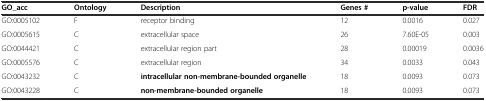
<table><thead><tr><td><b>GO_acc</b></td><td><b>Ontology</b></td><td><b>Description</b></td><td><b>Genes #</b></td><td><b>p-value</b></td><td><b>FDR</b></td></tr></thead><tbody><tr><td>GO:0005102</td><td>F</td><td>receptor binding</td><td>12</td><td>0.0016</td><td>0.027</td></tr><tr><td>GO:0005615</td><td>C</td><td>extracellular space</td><td>26</td><td>7.60E-05</td><td>0.003</td></tr><tr><td>GO:0044421</td><td>C</td><td>extracellular region part</td><td>28</td><td>0.00019</td><td>0.0036</td></tr><tr><td>GO:0005576</td><td>C</td><td>extracellular region</td><td>34</td><td>0.0033</td><td>0.043</td></tr><tr><td>GO:0043232</td><td>C</td><td><b>intracellular non-membrane-bounded organelle</b></td><td>18</td><td>0.0093</td><td>0.073</td></tr><tr><td>GO:0043228</td><td>C</td><td><b>non-membrane-bounded organelle</b></td><td>18</td><td>0.0093</td><td>0.073</td></tr></tbody></table>